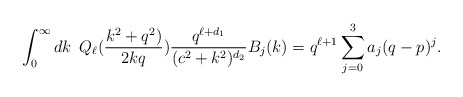
\begin{align*}\int_{0}^{\infty}dk \hspace{.2cm} Q_{\ell}({k^2 + q^2) \over2kq}) {q^{\ell+d_1} \over{(c^2+k^2)^{d_2}}}B_j(k)=q^{\ell+1}\sum_{j=0}^3a_j(q-p)^j.\end{align*}